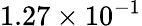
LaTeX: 1.27\times 10^{-1}